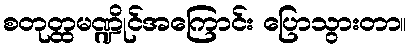
စတုတ္ထမဏ္ဍိုင်အကြောင်း ပြောသွားတာ။